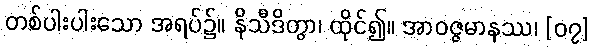
တစ်ပါးပါးသော အရပ်၌။ နိသီဒိတွာ၊ ထိုင်၍။ အာဝဇ္ဇမာနဿ၊ [၀၇]